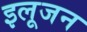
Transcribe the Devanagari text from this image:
इलूजन